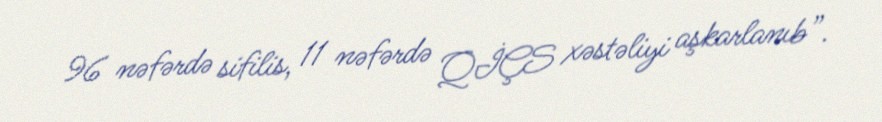
96 nəfərdə sifilis, 11 nəfərdə QİÇS xəstəliyi aşkarlanıb”.